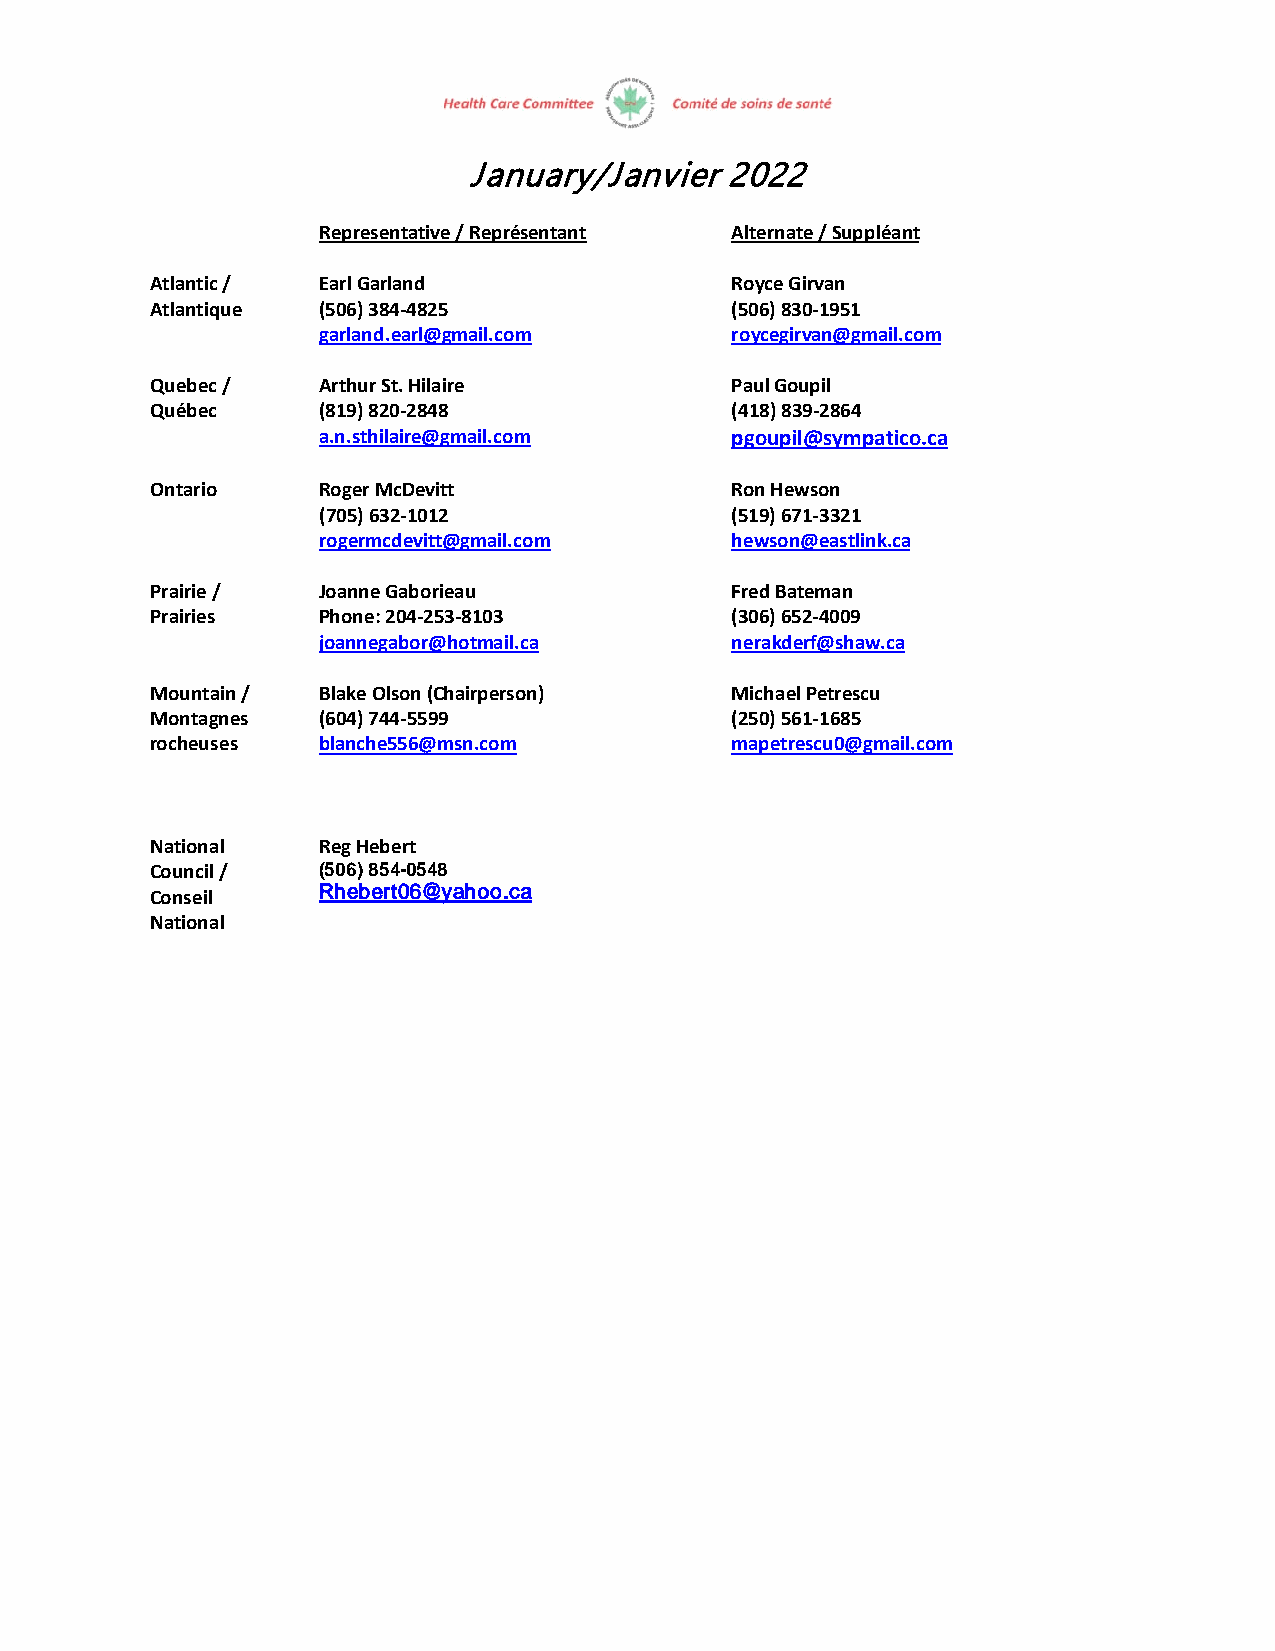
January/Janvier  2022
 Representative / Représentant Alternate / Suppléant
 Atlantic / Earl Garland               Royce Girvan
 Atlantique (506) 384-4825             (506) 830-1951
 garland.earl@gmail.com     roycegirvan@gmail.com
 Quebec /   Arthur St. Hilaire         Paul Goupil
 Québec     (819) 820-2848             (418) 839-2864
 a.n.sthilaire@gmail.com    pgoupil@sympatico.ca
 Ontario    Roger McDevitt             Ron Hewson
 (705) 632-1012             (519) 671-3321
 rogermcdevitt@gmail.com    hewson@eastlink.ca
 Prairie /  Joanne Gaborieau           Fred Bateman
 Prairies   Phone: 204-253-8103        (306) 652-4009
 joannegabor@hotmail.ca     nerakderf@shaw.ca
 Mountain / Blake Olson (Chairperson)  Michael Petrescu
 Montagnes  (604) 744-5599             (250) 561-1685
 rocheuses  blanche556@msn.com         mapetrescu0@gmail.com
 National   Reg Hebert
 Council /  (506) 854-0548
 Conseil    Rhebert06@yahoo.ca
 National